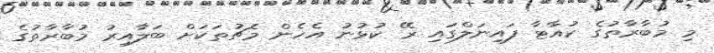
މި މުބާރާތުގެ ކުއާޓާ ފައިނަލްގައި ރޭ ކުޅުނު އެހެން މެޗުތަކަށް ބަލާއިރު މުބާރާތުގެ